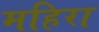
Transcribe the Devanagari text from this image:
महिरा